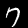
Digit: 7